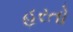
હરતો